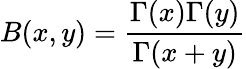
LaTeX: B(x,y)={\frac{\Gamma(x)\Gamma(y)}{\Gamma(x+y)}}